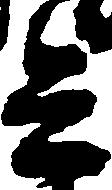
兵